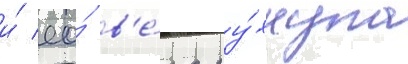
и́ ео́ в'е́ра ру́хнула